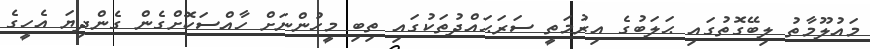
މައުލޫމާތު ލިބޭގޮތުގައި ޙަލަބުގެ އިރުމަތީ ސަރަޙައްދުތަކުގައި ތިބި މީހުންނަށް ހާއްސަކޮށްގެން ގެންދިޔަ އެހީގެ